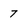
Character: 7